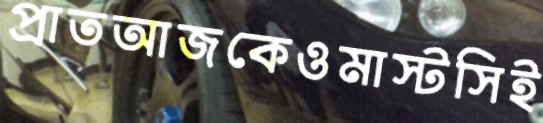
প্রাতআজকেওমাস্টসিই